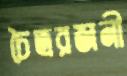
চৈত্ররজনী